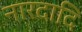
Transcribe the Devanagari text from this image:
नारदादि